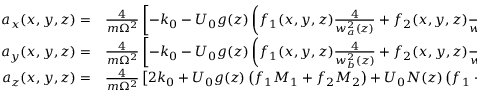
\begin{array} { r l } { a _ { x } ( x , y , z ) = } & { { } \frac { 4 } { m \Omega ^ { 2 } } \left[ - k _ { 0 } - U _ { 0 } g ( z ) \left( f _ { 1 } ( x , y , z ) \frac { 4 } { w _ { a } ^ { 2 } ( z ) } + f _ { 2 } ( x , y , z ) \frac { 4 } { w _ { b } ^ { 2 } ( z ) } \right) \right] , } \\ { a _ { y } ( x , y , z ) = } & { { } \frac { 4 } { m \Omega ^ { 2 } } \left[ - k _ { 0 } - U _ { 0 } g ( z ) \left( f _ { 1 } ( x , y , z ) \frac { 4 } { w _ { b } ^ { 2 } ( z ) } + f _ { 2 } ( x , y , z ) \frac { 4 } { w _ { a } ^ { 2 } ( z ) } \right) \right] , } \\ { a _ { z } ( x , y , z ) = } & { { } \frac { 4 } { m \Omega ^ { 2 } } \left[ 2 k _ { 0 } + U _ { 0 } g ( z ) \left( f _ { 1 } M _ { 1 } + f _ { 2 } M _ { 2 } \right) + U _ { 0 } N ( z ) \left( f _ { 1 } + f _ { 2 } \right) \right] , } \end{array}